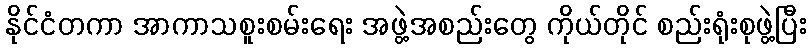
နိုင်ငံတကာ အာကာသစူးစမ်းရေး အဖွဲ့အစည်းတွေ ကိုယ်တိုင် စည်းရုံးစုဖွဲ့ပြီး